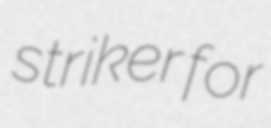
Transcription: striker for